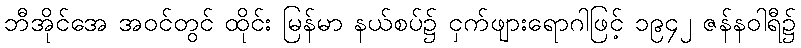
ဘီအိုင်အေ အဝင်တွင် ထိုင်း မြန်မာ နယ်စပ်၌ ငှက်ဖျားရောဂါဖြင့် ၁၉၄၂ ဇန်နဝါရီ၌